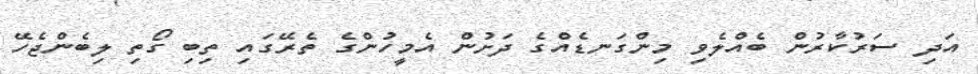
އަދި ސަރުކާރުން ބެއްލެވި މިންގަނޑެއްގެ ދަށުން އެމީހުންގެ ތެރޭގައި ތިބި ގޯތި ލިބެންޖެހޭ